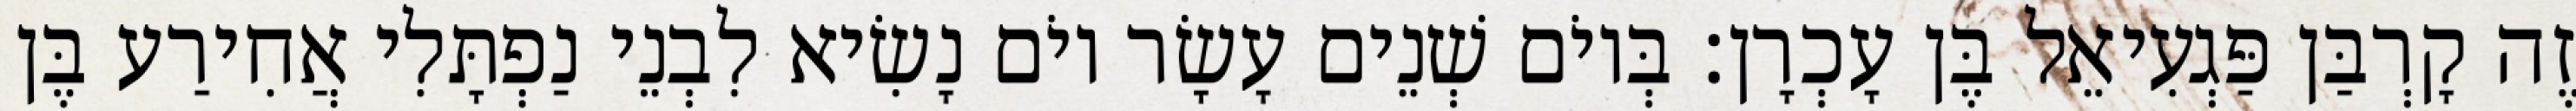
זֶה קָרְבַּן פַּגְעִיאֵל בֶּן עָכְרָן׃ בְּיוֹם שְׁנֵים עָשָׂר יוֹם נָשִׂיא לִבְנֵי נַפְתָּלִי אֲחִירַע בֶּן